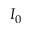
I _ { 0 }